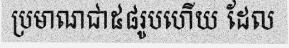
ប្រមាណជា៥៨រូបហើយ ដែល